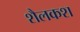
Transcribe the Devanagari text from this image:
शैलकश